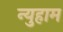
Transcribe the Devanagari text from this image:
न्युहाम